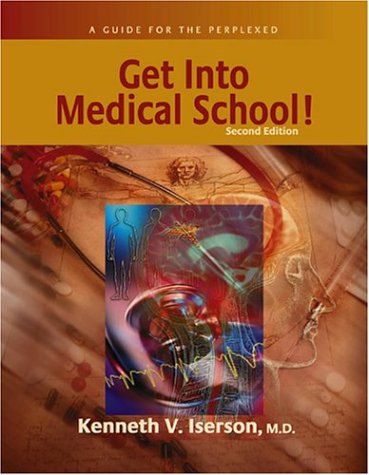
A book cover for Get Into Medical School! a Guide for the Perplexed; Kenneth V. Iserson; Education & Teaching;